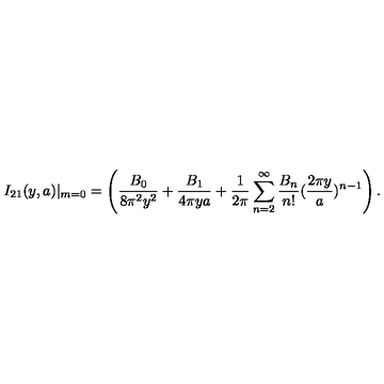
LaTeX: I _ { 2 1 } ( y , a ) | _ { m = 0 } = \left( \frac { B _ { 0 } } { 8 \pi ^ { 2 } y ^ { 2 } } + \frac { B _ { 1 } } { 4 \pi y a } + \frac { 1 } { 2 \pi } \sum _ { n = 2 } ^ { \infty } \frac { B _ { n } } { n ! } ( \frac { 2 \pi y } { a } ) ^ { n - 1 } \right) .